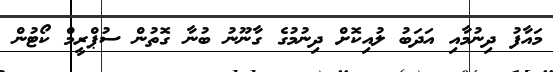
މައާފު ދިނުމާއި އަދަބު ލުއިކޮށް ދިނުމުގެ ގާނޫނު ބުނާ ގޮތުން ސުޕްރީމް ކޯޓުން